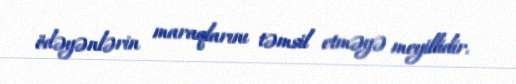
ödəyənlərin maraqlarını təmsil etməyə meyillidir.